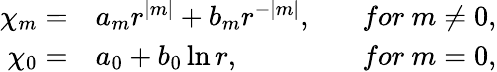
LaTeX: \begin{array}{rlr}{\chi_{m}=}&{{}a_{m}r^{|m|}+b_{m}r^{-|m|},~~~}&{for~m\not=0,}\\ {\chi_{0}=}&{{}a_{0}+b_{0}\ln r,~~~}&{for~m=0,}\end{array}